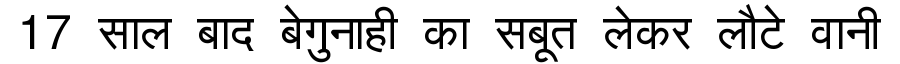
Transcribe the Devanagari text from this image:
17 साल बाद बेगुनाही का सबूत लेकर लौटे वानी